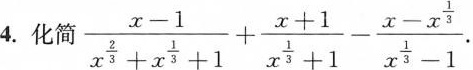
4.化简$$\frac{x-1}{x^{\frac{2}{3} }+x^{\frac{1}{3} }+1}+\frac{x+1}{x^{\frac{1}{3}}+1} -\frac{x-x\frac{1}{4}}{x\frac{1}{3}-1}$$.